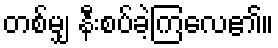
တစ်မျှ နီးစပ်ခဲ့ကြလေ၏။